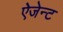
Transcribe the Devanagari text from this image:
ऐजेन्‍ट